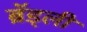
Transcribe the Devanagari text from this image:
ब्रॅड्ली